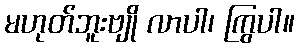
မဟုတ်ဘူးဗျို လာပါ၊ ကြွပါ။